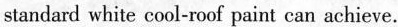
standard white cool-roof paint can achieve.